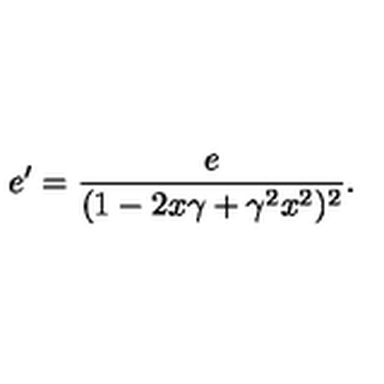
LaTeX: e ^ { \prime } = \frac { e } { ( 1 - 2 x \gamma + \gamma ^ { 2 } x ^ { 2 } ) ^ { 2 } } .